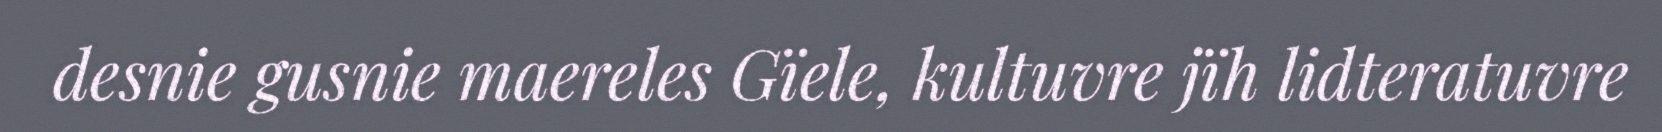
desnie gusnie maereles Gïele, kultuvre jïh lidteratuvre